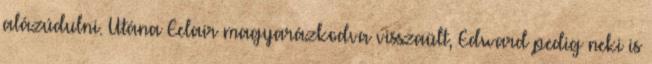
alázúdulni. Utána Eclair magyarázkodva visszaült, Edward pedig neki is